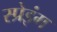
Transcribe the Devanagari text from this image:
स्प्रेइंग